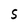
Character: S